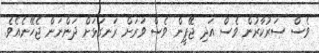
ވެސް ސަރުކާރުން ވެސް އަދި ޖޭޕީން ވެސް ވަރަށް ރަނގަޅަށް ދަންނަން ޖެހޭނެއެވެ.